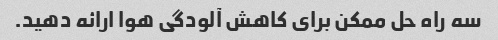
سه راه حل ممکن برای کاهش آلودگی هوا ارائه دهید.